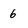
Character: 6